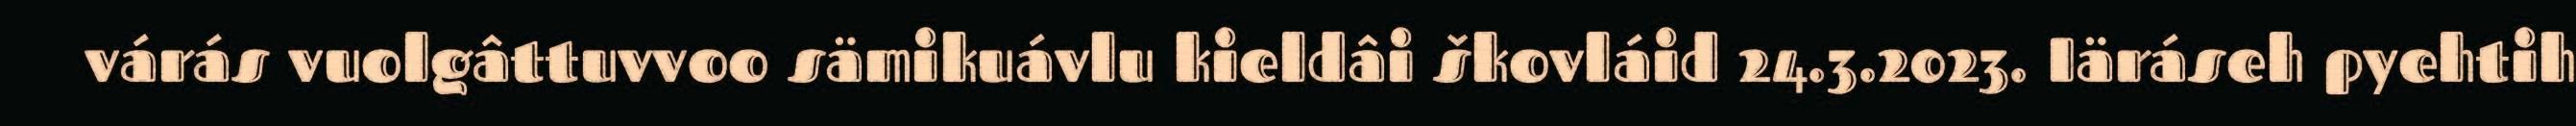
várás vuolgâttuvvoo sämikuávlu kieldâi škovláid 24.3.2023. Iäráseh pyehtih